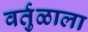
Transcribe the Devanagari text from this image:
वर्तुळाला